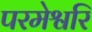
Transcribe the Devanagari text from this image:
परमेश्वरि